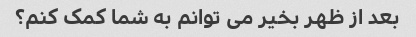
بعد از ظهر بخیر می توانم به شما کمک کنم؟